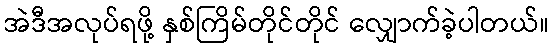
အဲဒီအလုပ်ရဖို့ နှစ်ကြိမ်တိုင်တိုင် လျှောက်ခဲ့ပါတယ်။